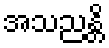
အသညန္တိ